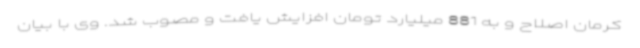
کرمان اصلاح و به 881 میلیارد تومان افزایش یافت و مصوب شد. وی با بیان